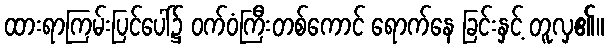
ထားရာကြမ်းပြင်ပေါ်၌ ဝက်ဝံကြီးတစ်ကောင် ရောက်နေ ခြင်းနှင့် တူလှ၏။